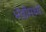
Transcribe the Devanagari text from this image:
भेंडीमध्ये